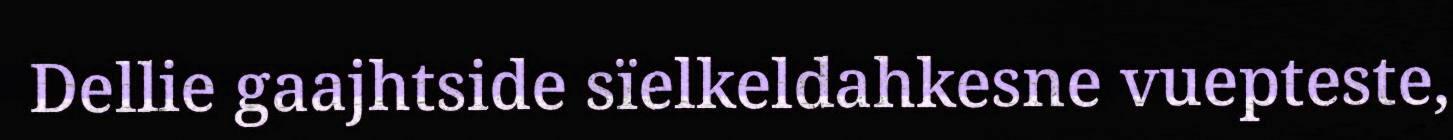
Dellie gaajhtside sïelkeldahkesne vuepteste,